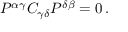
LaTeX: P ^ { \alpha \gamma } C _ { \gamma \delta } P ^ { \delta \beta } = 0 \, .